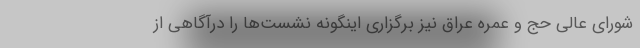
شورای عالی حج و عمره عراق نیز برگزاری اینگونه نشست‌ها را درآگاهی از